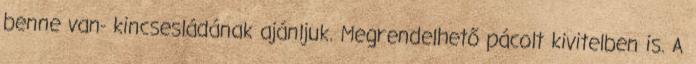
benne van- kincsesládának ajánljuk. Megrendelhető pácolt kivitelben is. A